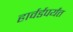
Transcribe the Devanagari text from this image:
हार्वर्डपर्यंत